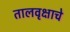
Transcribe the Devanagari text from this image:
तालवृक्षाचे